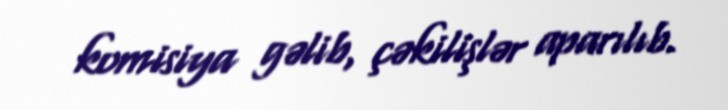
komisiya gəlib, çəkilişlər aparılıb.